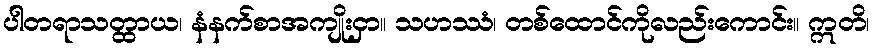
ပါတရာသတ္ထာယ၊ နံနက်စာအကျိုးငှာ။ သဟဿံ၊ တစ်ထောင်ကိုလည်းကောင်း။ ဣတိ၊